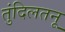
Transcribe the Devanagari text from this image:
तुंदिलतनू